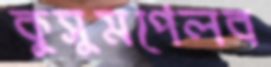
কুসুমপেলব